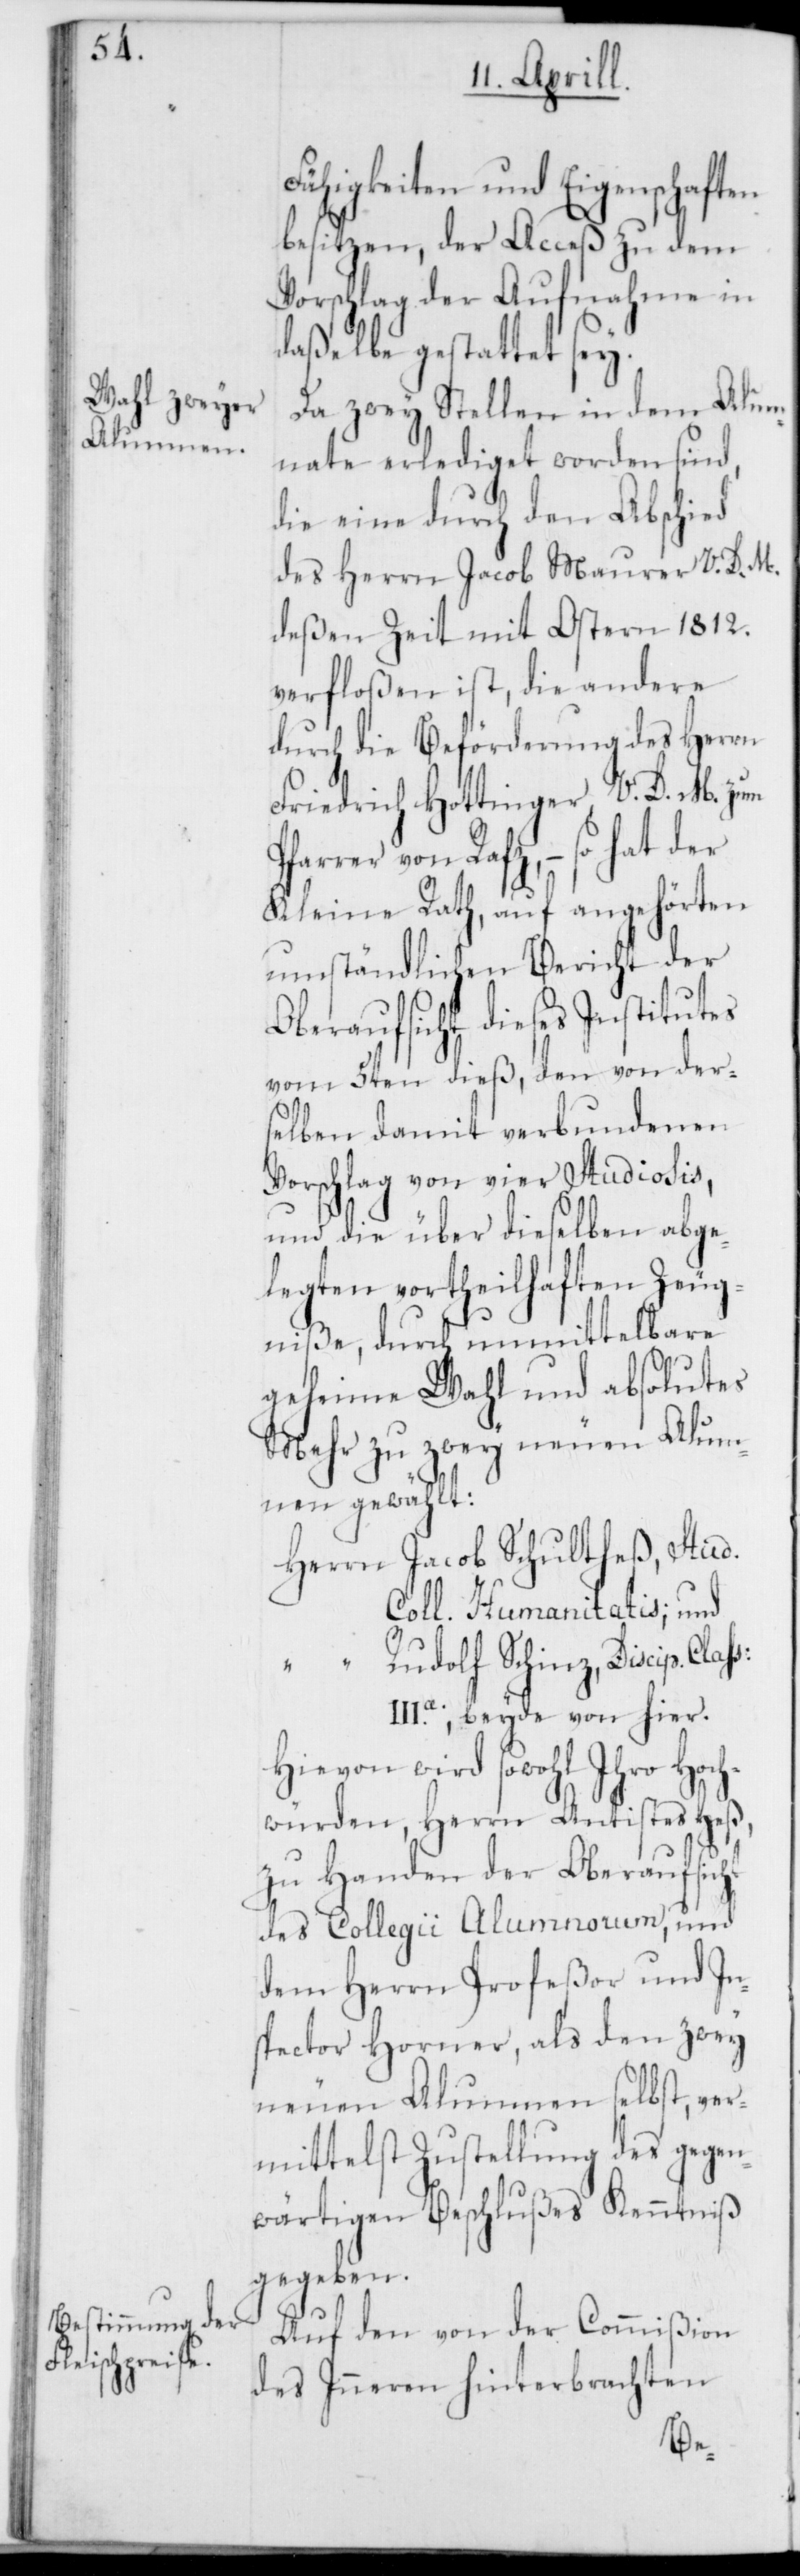
Fähigkeiten und Eigenschaften
besitzen, der Acceß zu dem
Vorschlag der Aufnahme in
daßelbe gestattet sei.
Da zwey Stellen in dem Alum¬
nate erlediget worden sind,
die eine durch den Abschied
des Herrn Jacob Maurer V. D.
deßen Zeit mit Ostern 1812.
verfloßen ist, die andere
durch die Beförderung des Herrn
Friedrich Hottinger V. D. M. zum
farrer von Rafz, – so hat der
Kleine Rath, auf angehörten
umständlichen Bericht der
Oberaufsicht dieses Institutes
vom 5ten dieß, den von der¬
selben damit verbundenen
Vorschlag von vier Studiosis,
und die über dieselben abge¬
legten vortheilhaften Zeug¬
niße, durch unmittelbare
geheime Wahl und absolutes
Mehr zu zwey neuen Alum¬
nen gewählt:
Jacob Schultheß, Stud.
Coll. Humanitatis; und
Rudolf Schinz, Discip.
beyde von hier.
Hievon wird sowohl Ihro Hoch¬
würden, Herrn Antistes Hess,
zu Handen der Oberaufsicht
des Collegii Alumnorum, und
dem Herrn Profeßor und In¬
spector Horner, als den zwey
neuen Alumnen selbst, ver¬
mittelst Zustellung des gegen¬
wärtigen Beschlußes Kenntniß
gegeben.
Auf den von der Commißion
des Inneren hinterbrachten
P¬